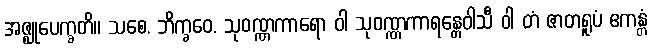
အဇ္ဈုပေက္ခတိ။ သစေ, ဘိက္ခဝေ, သုဝဏ္ဏကာရော ဝါ သုဝဏ္ဏကာရန္တေဝါသီ ဝါ တံ ဇာတရူပံ ဧကန္တံ